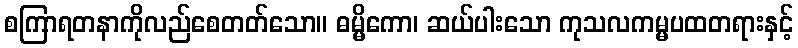
စကြာရတနာကိုလည်စေတတ်သော။ ဓမ္မိကော၊ ဆယ်ပါးသော ကုသလကမ္မပထတရားနှင့်